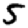
Digit: 5